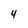
Character: 4